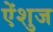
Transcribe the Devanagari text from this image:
ऐंशुज